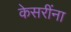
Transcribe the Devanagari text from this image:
केसरींना